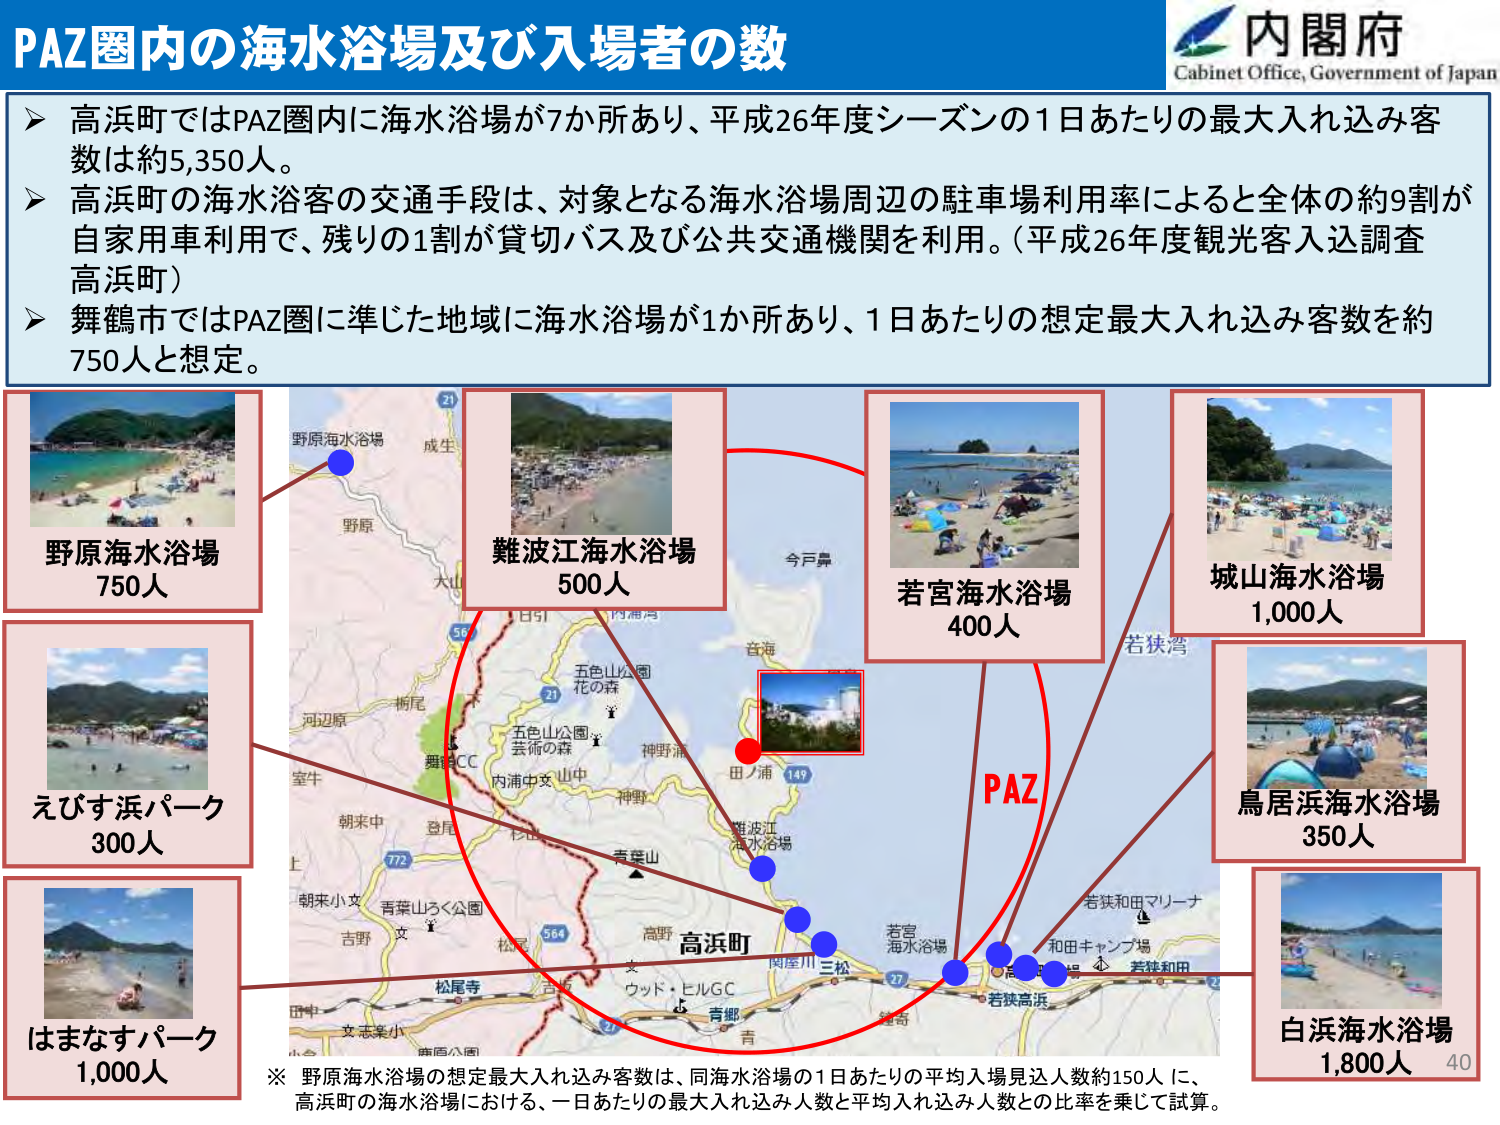
PAZ圏内の海水浴場及び入場者の数

内閣府
Cabinet Office, Government of Japan

➤ 高浜町ではPAZ圏内に海水浴場が7か所あり、平成26年度シーズンの1日あたりの最大入れ込み客数は約5,350人。
➤ 高浜町の海水浴客の交通手段は、対象となる海水浴場周辺の駐車場利用率によると全体の約9割が自家用車利用で、残りの1割が貸切バス及び公共交通機関を利用。（平成26年度観光客入込調査 高浜町）
➤ 舞鶴市ではPAZ圏に準じた地域に海水浴場が1か所あり、1日あたりの想定最大入れ込み客数を約750人と想定。

野原海水浴場
750人

難波江海水浴場
500人

若宮海水浴場
400人

城山海水浴場
1,000人

えびす浜パーク
300人

鳥居浜海水浴場
350人

はまなすパーク
1,000人

白浜海水浴場
1,800人

PAZ

※ 野原海水浴場の想定最大入れ込み客数は、同海水浴場の1日あたりの平均入場見込人数約150人に、高浜町の海水浴場における、一日あたりの最大入れ込み人数と平均入れ込み人数との比率を乗じて試算。

野原海水浴場
成生
野原
大山
河辺原
栄生
朝来中
登尾
朝来小文
吉野
支志楽小
南面公園
松尾寺
高浜
ウッド・ヒルGC
青郷
吉
三松
関屋川
高野
青葉山
神野
内浦中支
五色山公園
花の森
芸術の森
神野浦
田ノ浦
149
五色山公園
内浦湾
今戸鼻
若狭湾
若狭和田マリーナ
和田キャンプ場
若狭和田
若宮海水浴場
難波江海水浴場
城山海水浴場
白浜海水浴場
鳥居浜海水浴場
えびす浜パーク
はまなすパーク
野原海水浴場
21
56
772
564
27
40